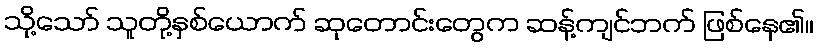
သို့သော် သူတို့နှစ်ယောက် ဆုတောင်းတွေက ဆန့်ကျင်ဘက် ဖြစ်နေ၏။